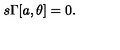
s \Gamma [ a , \theta ] = 0 .